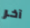
آخر